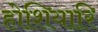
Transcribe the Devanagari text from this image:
होशियारि